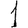
Digit: 1